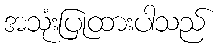
အသုံးပြုထားပါသည်